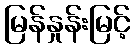
မြန်နှုန်းမြင့်